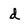
Character: d